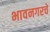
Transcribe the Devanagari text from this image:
भावनगरचे